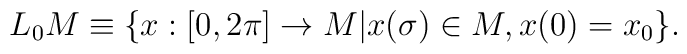
L_0 M \equiv \{ x:[0,2\pi] \rightarrow M | x(\sigma) \in M, x(0)=x_0 \}.